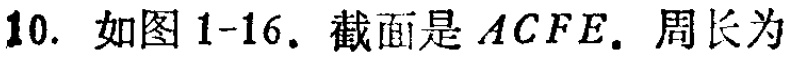
10. 如图1-16. 截面是 \(ACFE\). 周长为